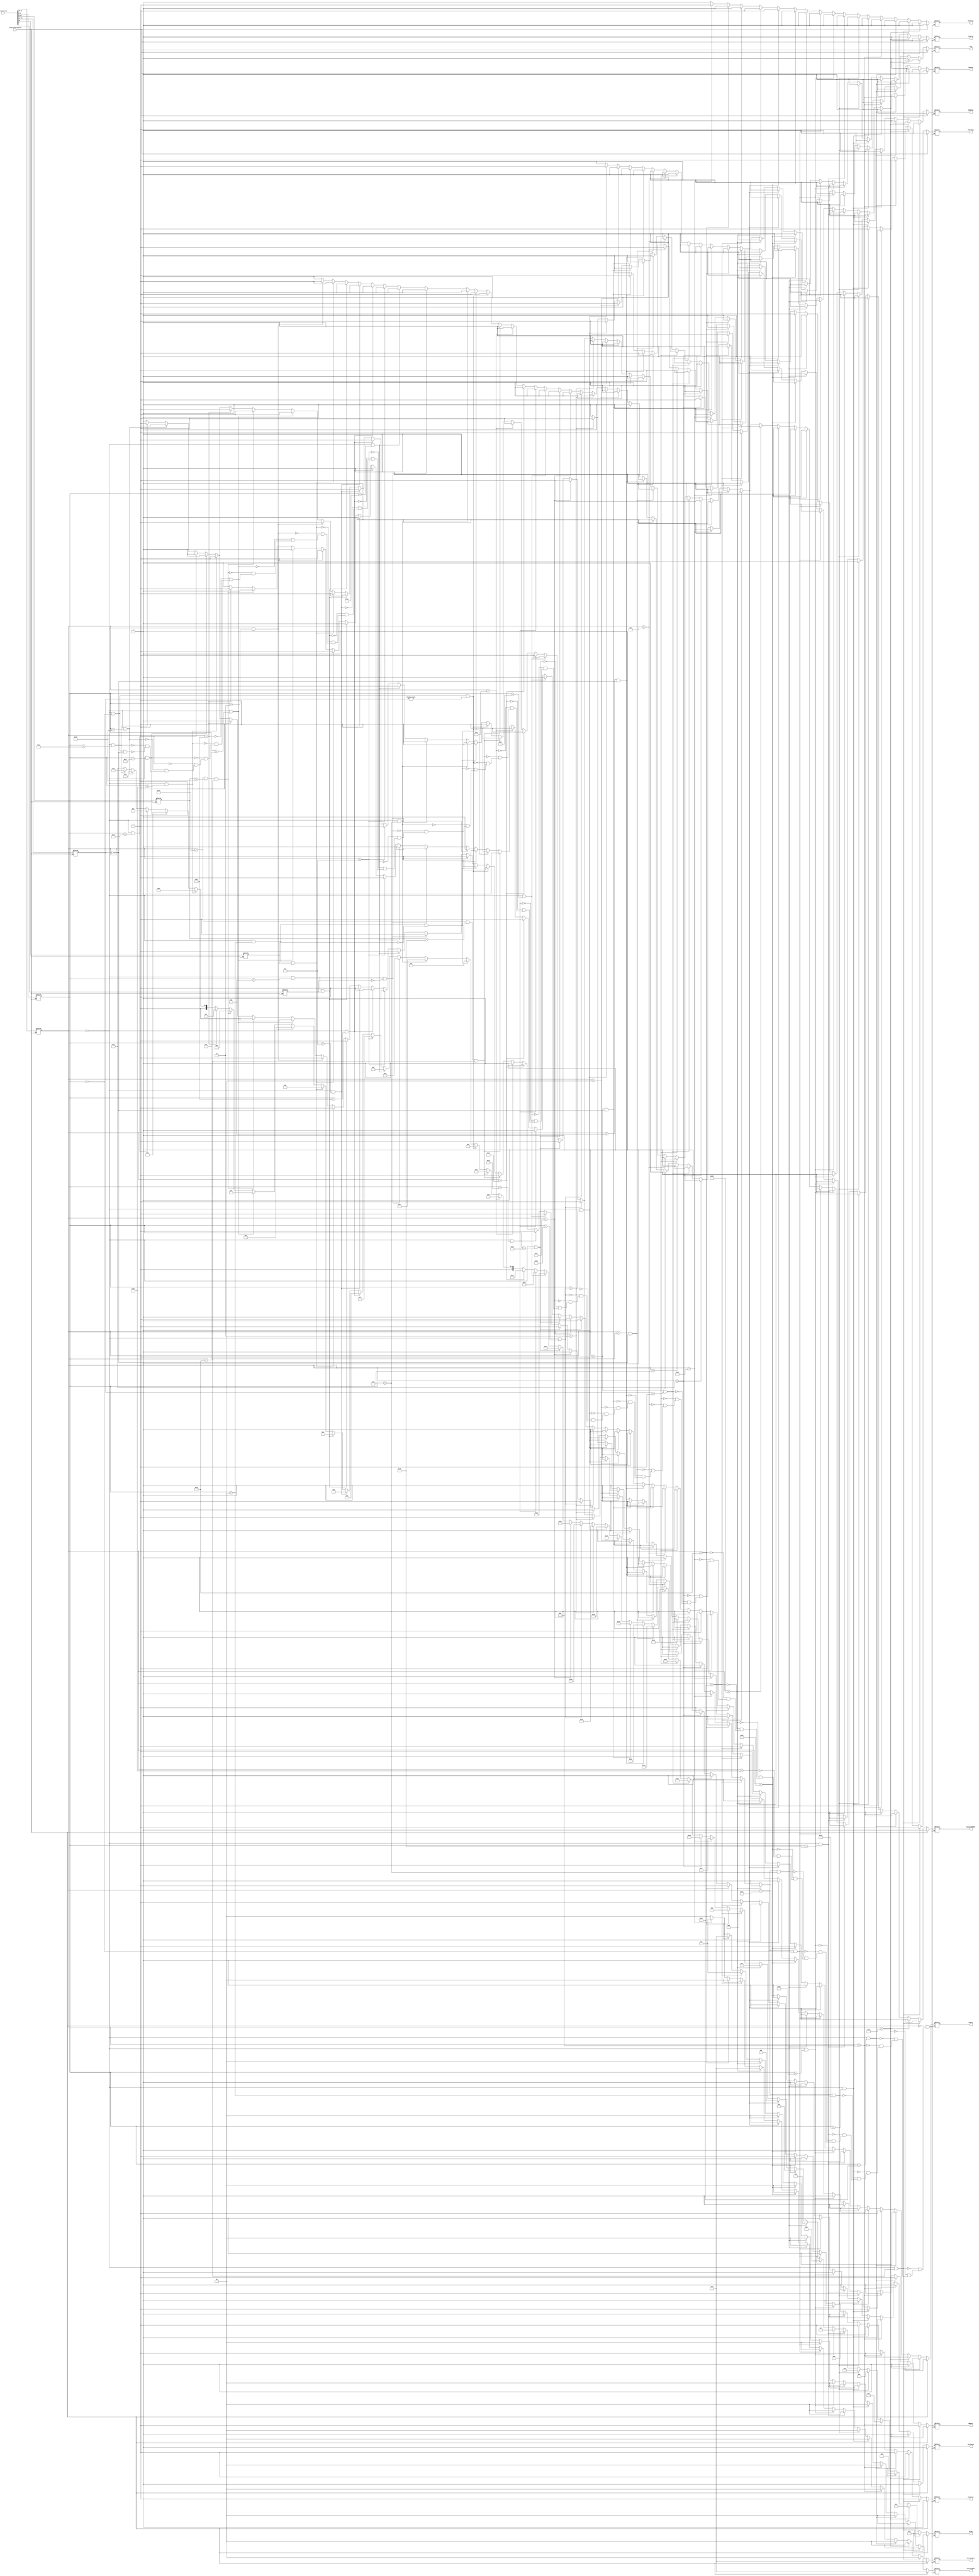
module controller(Instruction, RegDst, RegWrite, ALUSrc,MemRead,MemWrite,OutputOFRSRT,MemtoReg,Branch,ALUOp,threeselect, Jump,storesignal,JALSignal,jumpreg, controllercontrol);
input [31:0] Instruction;
input controllercontrol; 
//regdst 0 for immidiates;//CHECK MULT REGDST //ADDIUMEMREAD
reg [5:0] opcode;
reg [5:0] func;
reg [4:0]sebseh;
reg [4:0] rt;
reg r,t;
output reg [1:0] storesignal;
output reg ALUSrc,RegDst,RegWrite;
output reg JALSignal;
output reg OutputOFRSRT;
output reg [5:0] ALUOp;
output reg jumpreg;
output reg [1:0] threeselect;
output reg Jump;
output reg MemRead,MemWrite,MemtoReg,Branch;
always @*  begin
    if(controllercontrol == 1)begin
        
        storesignal <= 2'b00;
        ALUSrc <= 0; 
        RegDst <= 0; 
        RegWrite <= 0; 
        JALSignal <= 0; 
        OutputOFRSRT <= 0; 
        ALUOp <= 5'b00000; 
        jumpreg <= 0;
        threeselect <= 2'b00; 
        Jump <= 0; 
        MemRead <= 0;
        MemWrite<=0; 
        MemtoReg <= 0;
        Branch <= 0;
        
    end

    else begin

        opcode <= Instruction[31:26];
        func <=Instruction [5:0];
        rt<=Instruction[20:16];
        t<=Instruction[6];
        sebseh<=Instruction[10:6];
        r<=Instruction[21];
        
        //(opcode,func)
        
        if(opcode == 6'b000000 && func == 6'b100000) begin//add
        //rd<=(rs+rt);
        ALUSrc<=0;
        RegDst<=1;
        RegWrite<=1;
        ALUOp<=6'b000000;
        MemRead<=0;
        MemWrite<=0;
        MemtoReg<=1;
        Branch<=0;
        OutputOFRSRT<=0;
        threeselect<=2'b10;
        Jump<=0;
        storesignal<=2'b10;
        JALSignal<=0;
        jumpreg<=0;
        end
        else if(opcode == 6'b001001) begin//addiu
        ALUSrc<=1;
        RegDst<=0;
        RegWrite<=1;
        ALUOp<=4'b000011;
        MemRead<=0;
        MemWrite<=0;
        MemtoReg<=1;
        Branch<=0;
        OutputOFRSRT<=0;
        threeselect<=2'b10;
        Jump<=0;
        storesignal<=2'b10;
        JALSignal<=0;
        jumpreg<=0;
        end
        
        else if(opcode == 6'b000000 && func == 6'b100001) begin//addu
        ALUSrc<=0;
        RegDst<=1;
        RegWrite<=1;
        ALUOp<=6'b000010;
        MemRead<=0;
        MemWrite<=0;
        MemtoReg<=1;
        Branch<=0;
        OutputOFRSRT<=0;
         threeselect<=2'b10;
        Jump<=0;
        storesignal<=2'b10;
         JALSignal<=0;
         jumpreg<=0;
        end  
        else if(opcode == 6'b001000) begin//addi
        //rt<=(rs+rt);
        ALUSrc<=1;
        RegDst<=0;
        RegWrite<=1;
        ALUOp<=6'b000001;
        MemRead<=0;
        MemWrite<=0;
        MemtoReg<=1;
        Branch<=0;
        OutputOFRSRT<=0;
         threeselect<=2'b10;
        Jump<=0;
        storesignal<=2'b10;
        JALSignal<=0;
        jumpreg<=0;
         
        end  
        else if(opcode == 6'b000000 && func == 6'b100010) begin//sub
        //rd<=rs-rt;
        ALUSrc<=0;
        RegDst<=1;
        RegWrite<=1;
        ALUOp<=6'b000100;
        MemRead<=0;
        MemWrite<=0;
        MemtoReg<=1;
        Branch<=0;
        OutputOFRSRT<=0;
         threeselect<=2'b10;
        Jump<=0;
        storesignal<=2'b10;
        JALSignal<=0;
        jumpreg<=0; 
         
        end
        
        
        else if(opcode == 6'b011100 && func == 6'b000010) begin//mul
        //rd<=(rs*rt);
        ALUSrc<=0;
        RegDst<=1;
        RegWrite<=1;
        ALUOp<=6'b000101;
        MemRead<=0;
        MemWrite<=0;
        MemtoReg<=1;
        Branch<=0;
        OutputOFRSRT<=0;
         threeselect<=2'b10;
        Jump<=0;
        storesignal<=2'b10;
        JALSignal<=0;
         jumpreg<=0;
         
        end
        else if(opcode == 6'b000000 && func == 6'b011000) begin//mult
        ALUSrc<=0;
        RegDst<=0;
        RegWrite<=0;
        ALUOp<=6'b000110;
        MemRead<=0;
        MemWrite<=0;
        MemtoReg<=0;
        Branch<=0;
        OutputOFRSRT<=0;
         threeselect<=2'b10;
        Jump<=0;
        storesignal<=2'b10;
        JALSignal<=0;
        jumpreg<=0;
         
        end  
        else if(opcode == 6'b000000 && func == 6'b011001) begin//multu
        ALUSrc<=0;
        RegDst<=0;
        RegWrite<=0;
        ALUOp<=6'b000111;
        MemRead<=0;
        MemWrite<=0;
        MemtoReg<=0;
        Branch<=0;
        OutputOFRSRT<=0;
         threeselect<=2'b10;
        Jump<=0;
        storesignal<=2'b10;
         JALSignal<=0;
         jumpreg<=0;
        end  
        else if(opcode == 6'b011100 && func == 6'b000000) begin//madd
        //rd<=((rt>>rs)|(rt<<(6-rs)));
        ALUSrc<=0;
        RegDst<=0;
        RegWrite<=0;
        ALUOp<=6'b001000;
        MemRead<=0;
        MemWrite<=0;
        MemtoReg<=0;
        Branch<=0;
        OutputOFRSRT<=0;
         threeselect<=2'b10;
        Jump<=0;
         storesignal<=2'b10;
         JALSignal<=0;
         jumpreg<=0;
        end  
        
        else if(opcode == 6'b011100 && func == 6'b000100) begin//msub
        //rd<=((rt>>rs)|(rt<<(6-rs)));
        ALUSrc<=0;
        RegDst<=0;
        RegWrite<=0;
        ALUOp<=6'b001001;
        MemRead<=0;
        MemWrite<=0;
        MemtoReg<=0;
        Branch<=0;
        OutputOFRSRT<=0;
         threeselect<=2'b10;
        Jump<=0;
         storesignal<=2'b10;
         JALSignal<=0;
         jumpreg<=0;
        end  
        
        ///////////////////////////////////////////////
        
        else if(opcode == 6'b100011) begin//lw
        ALUSrc<=1;
        RegDst<=0;
        RegWrite<=1;
        ALUOp<=6'b001010;
        MemRead<=1;
        MemWrite<=0;
        MemtoReg<=0;
        Branch<=0;
        OutputOFRSRT<=0;
        threeselect<=2'b10;
        Jump<=0;
        storesignal<=2'b10;
        JALSignal<=0;
        jumpreg<=0;
        end
        
        
        else if(opcode == 6'b101011) begin//sw
        ALUSrc<=1;
        RegDst<=0;
        RegWrite<=0;
        ALUOp<=6'b001011;
        MemRead<=0;
        MemWrite<=1;
        MemtoReg<=0;
        Branch<=0;
        OutputOFRSRT<=0;
         threeselect<=2'b10;
        Jump<=0;
         storesignal<=2'b10;
         JALSignal<=0;
         jumpreg<=0;
        end
         
        else if(opcode == 6'b101000) begin//sb
        //rd<=((rt>>rs)|(rt<<(6-rs)));
        ALUSrc<=1;
        RegDst<=0;
        RegWrite<=0;
        ALUOp<=6'b001100;
        MemRead<=0;
        MemWrite<=1;
        MemtoReg<=0;
        Branch<=0;
        OutputOFRSRT<=0;
         threeselect<=2'b10;
        Jump<=0;
         storesignal<=2'b00;
         JALSignal<=0;
         jumpreg<=0;
        end  
        
        else if(opcode == 6'b100001) begin//lh
        ALUSrc<=1;
        RegDst<=0;
        RegWrite<=1;
        ALUOp<=6'b001101;
        MemRead<=1;
        MemWrite<=0;
        MemtoReg<=0;
        Branch<=0;
        OutputOFRSRT<=0;
         threeselect<=2'b01;
        Jump<=0;
        storesignal<=2'b10;
        JALSignal<=0;
        jumpreg<=0;
         
        end
        
        else if(opcode == 6'b100000) begin//lb
        ALUSrc<=1;
        RegDst<=0;
        RegWrite<=1;
        ALUOp<=6'b001110;
        MemRead<=1;
        MemWrite<=0;
        MemtoReg<=0;
        Branch<=0;
        OutputOFRSRT<=0;
         threeselect<=2'b00;
        Jump<=0;
         storesignal<=2'b10;
         JALSignal<=0;
         jumpreg<=0;
         
        end    
        
        
        else if(opcode == 6'b101001) begin//sh
        
        ALUSrc<=1;
        RegDst<=0;
        RegWrite<=0;
        ALUOp<=6'b001111;
        MemRead<=0;
        MemWrite<=1;
        MemtoReg<=0;
        Branch<=0;
        OutputOFRSRT<=0;
         threeselect<=2'b01;
         storesignal<=2'b01;
        Jump<=0;
        JALSignal<=0;
        jumpreg<=0;
         
        end
        
        else if(opcode == 6'b001111) begin//lui
        
        ALUSrc<=1;
        RegDst<=0;
        RegWrite<=1;
        ALUOp<=6'b010000;
        MemRead<=1;
        MemWrite<=0;
        MemtoReg<=1;
        Branch<=0;
        OutputOFRSRT<=0;
         threeselect<=2'b10;
        Jump<=0;
        storesignal<=2'b10;
        JALSignal<=0;
        jumpreg<=0;
         
        end
        
        else if(opcode == 6'b000001 && rt == 5'b00001) begin//bgez
        
        ALUSrc<=0;
        RegDst<=0; //dont care
        RegWrite<=0;
        ALUOp<=6'b010001;
        MemRead<=0;
        MemWrite<=0;
        MemtoReg<=0; //dont care
        Branch<=1;
        OutputOFRSRT<=0;
         threeselect<=2'b10;
        Jump<=0;
        storesignal<=2'b10;
        JALSignal<=0;
         jumpreg<=0;
         
        end
        
        else if(opcode == 6'b000100) begin//beq
        //rd<=((rt>>rs)|(rt<<(6-rs)));
        ALUSrc<=0;
        RegDst<=0;     //dont care 
        RegWrite<=0;
        ALUOp<=6'b010010;
        MemRead<=0;
        MemWrite<=0;
        MemtoReg<=0;   //dont care 
        Branch<=1;
        OutputOFRSRT<=0;
         threeselect<=2'b10;
        Jump<=0;
         storesignal<=2'b10;
         JALSignal<=0;
         jumpreg<=0;
        end
        else if(opcode == 6'b000101) begin//bne
        //rd<=((rt>>rs)|(rt<<(6-rs)));
        ALUSrc<=0;
        RegDst<=0;
        RegWrite<=0;
        ALUOp<=6'b010011;
        MemRead<=0;
        MemWrite<=0;
        MemtoReg<=0;
        Branch<=1;
        OutputOFRSRT<=0;
         threeselect<=2'b10;
        Jump<=0;
        storesignal<=2'b10;
         JALSignal<=0;
         jumpreg<=0;
        end    
        else if(opcode == 6'b000111&& rt== 5'b00000) begin//bgtz
        //rd<=((rt>>rs)|(rt<<(6-rs)));
        ALUSrc<=0;
        RegDst<=0;
        RegWrite<=0;
        ALUOp<=6'b010100;
        MemRead<=0;
        MemWrite<=0;
        MemtoReg<=0;
        Branch<=1;
        OutputOFRSRT<=0;
         threeselect<=2'b10;
        Jump<=0;
        storesignal<=2'b10;
         JALSignal<=0;
         jumpreg<=0;
        end  
        else if(opcode == 6'b000110&& rt==5'b00000) begin//blez
        //rd<=((rt>>rs)|(rt<<(6-rs)));//delete RT value
        ALUSrc<=0;
        RegDst<=0;
        RegWrite<=0;
        ALUOp<=6'b010101;
        MemRead<=0;
        MemWrite<=0;
        MemtoReg<=0;
        Branch<=1;
        OutputOFRSRT<=0;
         threeselect<=2'b10;
        Jump<=0;
        storesignal<=2'b10;
         JALSignal<=0;
         jumpreg<=0;
        end    
        else if(opcode == 6'b000001 && rt== 5'b00000) begin//bltz
        //rd<=((rt>>rs)|(rt<<(6-rs)));
        ALUSrc<=0;
        RegDst<=0;
        RegWrite<=0;
        ALUOp<=6'b010110;
        MemRead<=0;
        MemWrite<=0;
        MemtoReg<=0;
        Branch<=1;
        OutputOFRSRT<=0;
         threeselect<=2'b10;
        Jump<=0;
        storesignal<=2'b10;
         JALSignal<=0;
         jumpreg<=0;
        end    
        else if(opcode == 6'b000010) begin//J
        //rd<=((rt>>rs)|(rt<<(6-rs)));
        ALUSrc<=0;
        RegDst<=0;
        RegWrite<=0;
        ALUOp<=6'b010111;
        MemRead<=0;
        MemWrite<=0;
        MemtoReg<=0;
        Branch<=0;
        OutputOFRSRT<=0;
         threeselect<=2'b10;
        Jump<=1;
        storesignal<=2'b10;
         JALSignal<=0;
         jumpreg<=0;
        end    
        else if(opcode == 6'b000000 && func==6'b001000) begin//jr
        //rd<=((rt>>rs)|(rt<<(6-rs)));
        ALUSrc<=0;
        RegDst<=0;
        RegWrite<=0;
        ALUOp<=6'b011000;
        MemRead<=0;
        MemWrite<=0;
        MemtoReg<=0;
        Branch<=0;
        OutputOFRSRT<=0;
         threeselect<=2'b10;
         Jump<=1;
         storesignal<=2'b10;
         JALSignal<=0;
         jumpreg<=1;
        end
        else if(opcode == 6'b000011) begin//jal
        //rd<=((rt>>rs)|(rt<<(6-rs)));
        ALUSrc<=0;
        RegDst<=0;
        RegWrite<=1;
        ALUOp<=6'b011001;
        MemRead<=0;
        MemWrite<=0;
        MemtoReg<=0;
        Branch<=0;
        OutputOFRSRT<=0;
         threeselect<=2'b10;
         Jump<=1;
         storesignal<=2'b10;
         JALSignal<=1;
         jumpreg<=0;
        end  
        
        /////////////////////////////////////////////////////
        
        else if(opcode == 6'b000000 && func == 6'b100100) begin//and
        //rd<=(rs&rt);
        ALUSrc<=0;
        RegDst<=1;
        RegWrite<=1;
        ALUOp<=6'b011010;
        MemRead<=0;
        MemWrite<=0;
        MemtoReg<=1;
        Branch<=0;
        OutputOFRSRT<=0;
         threeselect<=2'b10;
        Jump<=0;
        storesignal<=2'b10;
         JALSignal<=0;
         jumpreg<=0;
         
        end
        
        else if(opcode == 6'b001100) begin//andi
        //rd<=((rt>>rs)|(rt<<(6-rs)));
        ALUSrc<=1;
        RegDst<=0;
        RegWrite<=1;
        ALUOp<=6'b011011;
        MemRead<=0;
        MemWrite<=0;
        MemtoReg<=1;
        Branch<=0;
        OutputOFRSRT<=0;
         threeselect<=2'b10;
        Jump<=0;
        storesignal<=2'b10;
         JALSignal<=0;
         jumpreg<=0;
        end        
        else if(opcode == 6'b000000 && func == 6'b100101) begin//or
        //rd<=(rs|rt);
        ALUSrc<=0;
        RegDst<=1;
        RegWrite<=1;
        ALUOp<=6'b011100;
        MemRead<=0;
        MemWrite<=0;
        MemtoReg<=1;
        Branch<=0;
        OutputOFRSRT<=0;
         threeselect<=2'b10;
         Jump<=0;
         storesignal<=2'b10;
         JALSignal<=0;
         jumpreg<=0;
        end  
        
        else if(opcode == 6'b000000 && func==6'b100111) begin//nor
        //rd<=((rt>>rs)|(rt<<(6-rs)));
        ALUSrc<=0;
        RegDst<=1;
        RegWrite<=1;
        ALUOp<=6'b011101;
        MemRead<=0;
        MemWrite<=0;
        MemtoReg<=1;
        Branch<=0;
        OutputOFRSRT<=0;
         threeselect<=2'b10;
         Jump<=0;
         storesignal<=2'b10;
         JALSignal<=0;
         jumpreg<=0;
        end
        
        
        else if(opcode == 6'b000000 && func == 6'b100110) begin//xor
        //rd<=((rt>>rs)|(rt<<(6-rs)));
        ALUSrc<=0;
        RegDst<=1;
        RegWrite<=1;
        ALUOp<=6'b011110;
        MemRead<=0;
        MemWrite<=0;
        MemtoReg<=1;
        Branch<=0;
        OutputOFRSRT<=0;
         threeselect<=2'b10;
         Jump<=0;
         storesignal<=2'b10;
         JALSignal<=0;
         jumpreg<=0;
        end    
        
        else if(opcode == 6'b001101) begin//ori
        //rt<=(rs|rt);
        ALUSrc<=1;
        RegDst<=0;
        RegWrite<=1;
        ALUOp<=6'b011111;
        MemRead<=0;
        MemWrite<=0;
        MemtoReg<=1;
        Branch<=0;
        OutputOFRSRT<=0;
         threeselect<=2'b10;
         Jump<=0;
         storesignal<=2'b10;
         JALSignal<=0;
         jumpreg<=0;
        end  
        else if(opcode == 6'b001110) begin//xori
        //rd<=((rt>>rs)|(rt<<(6-rs)));
        ALUSrc<=1;
        RegDst<=0;
        RegWrite<=1;
        ALUOp<=6'b100000;
        MemRead<=0;
        MemWrite<=0;
        MemtoReg<=1;
        Branch<=0;
        OutputOFRSRT<=0;
         threeselect<=2'b10;
         Jump<=0;
         storesignal<=2'b10;
         JALSignal<=0;
         jumpreg<=0;
        end      
        
        else if(opcode == 6'b011111&&sebseh==5'b11000 &&func==6'b100000) begin//seh
        //rd<=((rt>>rs)|(rt<<(6-rs)));
        ALUSrc<=0;
        RegDst<=1;
        RegWrite<=1;
        ALUOp<=6'b100001;
        MemRead<=0;
        MemWrite<=0;
        MemtoReg<=1;
        Branch<=0;
        OutputOFRSRT<=0;
         threeselect<=2'b10;
         Jump<=0;
         storesignal<=2'b10;
         JALSignal<=0;
         jumpreg<=0;
        end  
        else if(opcode == 6'b000000 && func == 6'b000000&& rt!=4'b0000) begin// sll
        //rd<=(rt<<shmt);
        ALUSrc<=1;
        RegDst<=1;
        RegWrite<=1;
        ALUOp<=6'b100010;
        MemRead<=0;
        MemWrite<=0;
        MemtoReg<=1;
        Branch<=0;
        OutputOFRSRT<=1;
         threeselect<=2'b10;
         Jump<=0;
         storesignal<=2'b10;
         JALSignal<=0;
         jumpreg<=0;
        end
        else if(opcode == 6'b000000 && func == 6'b000010 && r ==1'b0) begin//srl
        //rd<=(rt>>shmt);
        ALUSrc<=1;
        RegDst<=1;
        RegWrite<=1;
        ALUOp<=6'b100011;
        MemRead<=0;
        MemWrite<=0;
        MemtoReg<=1;
        Branch<=0;
        OutputOFRSRT<=1;
         threeselect<=2'b10;
         Jump<=0;
         storesignal<=2'b10;
         JALSignal<=0;
         jumpreg<=0;
         
        end  
        
        else if(opcode == 6'b000000 && func == 6'b000100) begin//sllv
        //rd<=((rt>>rs)|(rt<<(6-rs)));
        ALUSrc<=0;
        RegDst<=1;
        RegWrite<=1;
        ALUOp<=6'b100100;
        MemRead<=0;
        MemWrite<=0;
        MemtoReg<=1;
        Branch<=0;
        OutputOFRSRT<=0;
         threeselect<=2'b10;
         Jump<=0;
         storesignal<=2'b10;
         JALSignal<=0;
         jumpreg<=0;
        end      
        else if(opcode == 6'b000000 && func == 6'b000110 && t==1'b0) begin//srlv
        //rd<=((rt>>rs)|(rt<<(6-rs)));
        ALUSrc<=0;
        RegDst<=1;
        RegWrite<=1;
        ALUOp<=6'b100101;
        MemRead<=0;
        MemWrite<=0;
        MemtoReg<=1;
        Branch<=0;
        OutputOFRSRT<=0;
         threeselect<=2'b10;
         Jump<=0;
         storesignal<=2'b10;
         JALSignal<=0;
         jumpreg<=0;
        end      
        
        else if(opcode == 6'b000000 && func == 6'b101010) begin//slt
        //if(rs<rt)begin
        //rd=1;
        //end
        //else begin
        //rd=0;
        //end
        ALUSrc<=0;
        RegDst<=1;
        RegWrite<=1;
        ALUOp<=6'b100110;
        MemRead<=0;
        MemWrite<=0;
        MemtoReg<=1;
        Branch<=0;
        OutputOFRSRT<=0;
         threeselect<=2'b10;
         Jump<=0;
         storesignal<=2'b10;
         JALSignal<=0;
         jumpreg<=0;
        end  
         
        else if(opcode == 6'b001010) begin//slti
        //rd<=((rt>>rs)|(rt<<(6-rs)));
        ALUSrc<=1;
        RegDst<=0;
        RegWrite<=1;
        ALUOp<=6'b100111;
        MemRead<=0;
        MemWrite<=0;
        MemtoReg<=1;
        Branch<=0;
        OutputOFRSRT<=0;
         threeselect<=2'b10;
         Jump<=0;
         storesignal<=2'b10;
         JALSignal<=0;
         jumpreg<=0;
        end    
        else if(opcode == 6'b000000 && func==6'b001011) begin//movn
        //rd<=((rt>>rs)|(rt<<(6-rs)));
        ALUSrc<=0;
        RegDst<=1;
        RegWrite<=1;
        ALUOp<=6'b101000;
        MemRead<=0;
        MemWrite<=0;
        MemtoReg<=1;
        Branch<=0;
        OutputOFRSRT<=0;
         threeselect<=2'b10;
         Jump<=0;
         storesignal<=2'b10;
         JALSignal<=0;
         jumpreg<=0;
        end  
        else if(opcode == 6'b000000 && func == 6'b001010) begin//movz
        //rd<=((rt>>rs)|(rt<<(6-rs)));
        ALUSrc<=0;
        RegDst<=1;
        RegWrite<=1;
        ALUOp<=6'b101001;
        MemRead<=0;
        MemWrite<=0;
        MemtoReg<=1;
        Branch<=0;
        OutputOFRSRT<=0;
         threeselect<=2'b10;
         Jump<=0;
         storesignal<=2'b10;
         JALSignal<=0;
         jumpreg<=0;
         
        end
        
        else if(opcode == 6'b000000 && func == 6'b000110 && t==1'b1) begin//rotrv
        //rd<=((rt>>rs)|(rt<<(6-rs)));
        ALUSrc<=0;
        RegDst<=1;
        RegWrite<=1;
        ALUOp<=6'b101010;
        MemRead<=0;
        MemWrite<=0;
        MemtoReg<=1;
        Branch<=0;
        OutputOFRSRT<=0;
         threeselect<=2'b10;
         Jump<=0;
         storesignal<=2'b10;
         JALSignal<=0;
         jumpreg<=0;
        end  
        
         
        else if(opcode == 6'b000000 && func == 6'b000010&&r == 1'b1) begin//rotr
        //rd<=((rt>>rs)|(rt<<(6-rs)));
        ALUSrc<=1;
        RegDst<=1;
        RegWrite<=1;
        ALUOp<=6'b101011;
        MemRead<=0;
        MemWrite<=0;
        MemtoReg<=1;
        Branch<=0;
        OutputOFRSRT<=1;
         threeselect<=2'b10;
         Jump<=0;
         storesignal<=2'b10;
         JALSignal<=0;
         jumpreg<=0;
        end
        else if(opcode == 6'b000000 && func == 6'b000011) begin//sra
        //rd<=((rt>>rs)|(rt<<(6-rs)));
        ALUSrc<=1;
        RegDst<=1;
        RegWrite<=1;
        ALUOp<=6'b101100;
        MemRead<=0;
        MemWrite<=0;
        MemtoReg<=1;
        Branch<=0;
        OutputOFRSRT<=1;
         threeselect<=2'b10;
         Jump<=0;
         storesignal<=2'b10;
         JALSignal<=0;
         jumpreg<=0;
        end      
        else if(opcode == 6'b000000 && func == 6'b 000111) begin//srav
        //rd<=((rt>>rs)|(rt<<(6-rs)));
        ALUSrc<=0;
        RegDst<=1;
        RegWrite<=1;
        ALUOp<=6'b101101;
        MemRead<=0;
        MemWrite<=0;
        MemtoReg<=1;
        Branch<=0;
        OutputOFRSRT<=0;
         threeselect<=2'b10;
         Jump<=0;
         storesignal<=2'b10;
         JALSignal<=0;
         jumpreg<=0;
        end      
        
        else if(opcode == 6'b011111 &&sebseh == 5'b10000&& func == 6'b100000) begin//seb
        //rd<=((rt>>rs)|(rt<<(6-rs)));
        ALUSrc<=0;
        RegDst<=1;
        RegWrite<=1;
        ALUOp<=6'b101110;
        MemRead<=0;
        MemWrite<=0;
        MemtoReg<=1;
        Branch<=0;
        OutputOFRSRT<=0;
         threeselect<=2'b10;
         Jump<=0;
         storesignal<=2'b10;
         JALSignal<=0;
         jumpreg<=0;
        end  
        else if(opcode == 6'b001011) begin//sltiu
        //rd<=((rt>>rs)|(rt<<(6-rs)));
        ALUSrc<=1;
        RegDst<=0;
        RegWrite<=1;
        ALUOp<=6'b101111;
        MemRead<=0;
        MemWrite<=0;
        MemtoReg<=1;
        Branch<=0;
        OutputOFRSRT<=0;
         threeselect<=2'b10;
         Jump<=0;
         storesignal<=2'b10;
         JALSignal<=0;
         jumpreg<=0;
        end    
        else if(opcode == 6'b000000 && func == 6'b101011) begin//sltu
        //rd<=((rt>>rs)|(rt<<(6-rs)));
        ALUSrc<=0;
        RegDst<=1;
        RegWrite<=1;
        ALUOp<=6'b110000;
        MemRead<=0;
        MemWrite<=0;
        MemtoReg<=1;
        Branch<=0;
        OutputOFRSRT<=0;
         threeselect<=2'b10;
         Jump<=0;
         storesignal<=2'b10;
         JALSignal<=0;
         jumpreg<=0;
        end        
        else if(opcode == 6'b000000 && func == 6'b010001) begin//mthi
         //rd<=((rt>>rs)|(rt<<(6-rs)));
         ALUSrc<=0;
         RegDst<=0;
         RegWrite<=0;
         ALUOp<=6'b110001;
         MemRead<=0;
         MemWrite<=0;
         MemtoReg<=0;
         Branch<=0;
         OutputOFRSRT<=0;
         threeselect<=2'b10;
         Jump<=0;
         storesignal<=2'b10;
         JALSignal<=0;
         jumpreg<=0;
        end  
        else if(opcode == 6'b000000 && func == 6'b010011) begin//mtlo
           //rd<=((rt>>rs)|(rt<<(6-rs));
           ALUSrc<=0;
           RegDst<=0;
           RegWrite<=0;
           ALUOp<=6'b110010;
           MemRead<=0;
           MemWrite<=0;
           MemtoReg<=0;
           Branch<=0;
           OutputOFRSRT<=0;
           threeselect<=2'b10;
           Jump<=0;
           storesignal<=2'b10;
           JALSignal<=0;
           jumpreg<=0;
        end
        else if(opcode == 6'b000000 && func == 6'b010000) begin//mfhi
             //rd<=((rt>>rs)|(rt<<(6-rs)));
             ALUSrc<=0;
             RegDst<=1;
             RegWrite<=1;
             ALUOp<=6'b110011;
             MemRead<=0;
             MemWrite<=0;
             MemtoReg<=1;
             Branch<=0;
             OutputOFRSRT<=0;
             threeselect<=2'b10;
             Jump<=0;
             storesignal<=2'b10;
             JALSignal<=0;
             jumpreg<=0;
         end  
        else if(opcode == 6'b000000 && func == 6'b010010) begin//mflo
               //rd<=((rt>>rs)|(rt<<(6-rs)));
               ALUSrc<=0;
               RegDst<=1;
               RegWrite<=1;
               ALUOp<=6'b110100;
               MemRead<=0;
               MemWrite<=0;
               MemtoReg<=1;
               Branch<=0;
               OutputOFRSRT<=0;
               threeselect<=2'b10;
               Jump<=0;
               storesignal<=2'b10;
               JALSignal<=0;
               jumpreg<=0;
           end  
          else if(opcode == 6'b000000 && func == 6'b000000&& rt ==4'b0000) begin//nop
                 //rd<=((rt>>rs)|(rt<<(6-rs)));
                 ALUSrc<=0;
                 RegDst<=0;
                 RegWrite<=0;
                 ALUOp<=6'b111111;
                 MemRead<=0;
                 MemWrite<=0;
                 MemtoReg<=0;
                 Branch<=0;
                 OutputOFRSRT<=0;
                 threeselect<=2'b10;   
                 Jump<=0;
                 storesignal<=2'b10; 
                 JALSignal<=0;   
                 jumpreg<=0; 
             end
             
   end
         
///////////////////////////////////
                                           
                                                                                                                                                           
//bne bgtz blez
//bltz rt
//seb

end
endmodule